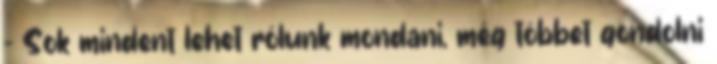
- Sok mindent lehet rólunk mondani, még többet gondolni